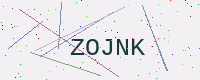
Text: ZOJNK